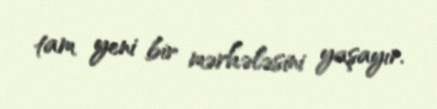
tam yeni bir mərhələsini yaşayır.